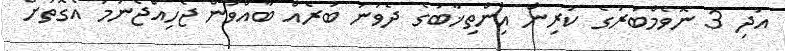
އަދި 3 ނޮވެމްބަރުގެ ކުރިން އިންތިޚާބުގެ ދެވަނަ ބުރެއް ބާއްވަން ޖެހިއްޖެނަމަ އެގޮތަށް